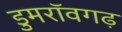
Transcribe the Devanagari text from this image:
डुमरॉवगढ़